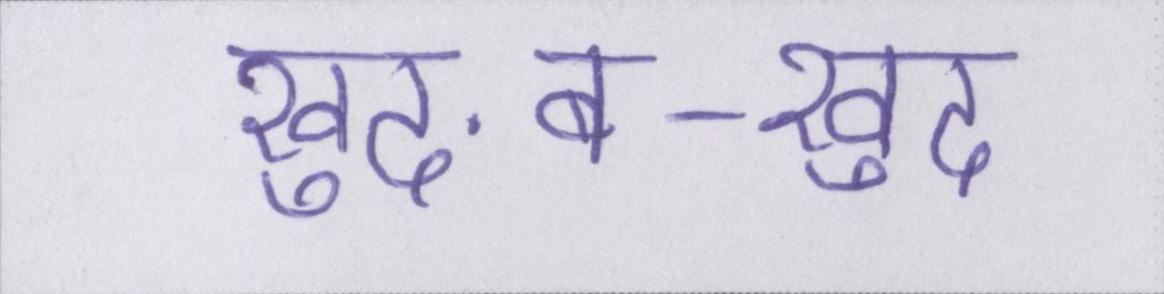
खुद-ब-खुद